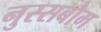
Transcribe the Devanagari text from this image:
नुस्सबौम